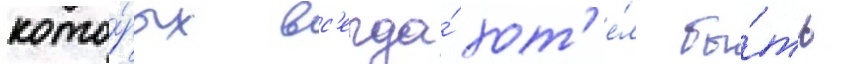
кото́рых вс'егда́ хот'е́л бы́ть